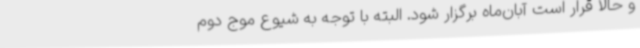
و حالا قرار است آبان‌ماه برگزار شود. البته با توجه به شیوع موج دوم